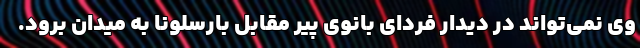
وی نمی‌تواند در دیدار فردای بانوی پیر مقابل بارسلونا به میدان برود.